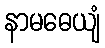
နာမဓေယျံ